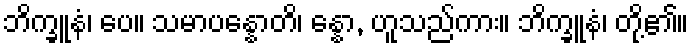
ဘိက္ခူနံ၊ ပေ။ သမာပန္နောတိ၊ န္နော, ဟူသည်ကား။ ဘိက္ခူနံ၊ တို့၏။